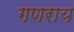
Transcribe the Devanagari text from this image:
गणराय